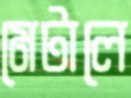
মেটালে